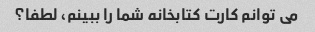
می توانم کارت کتابخانه شما را ببینم، لطفا؟